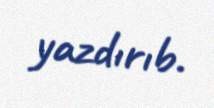
yazdırıb.